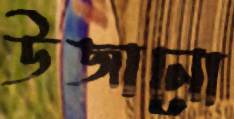
উজানো